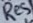
Text: Res